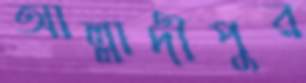
আল্লাদীপুর